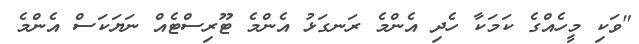
"ވަކި މީހެއްގެ ކަމަކާ ހެދި އެންމެ ރަނގަޅު އެންމެ ޓޫރިސްޓެއް ނަޔަކަސް އެންމެ